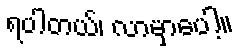
ရပါတယ်၊ လာမှာပေါ့။